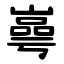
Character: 㠋